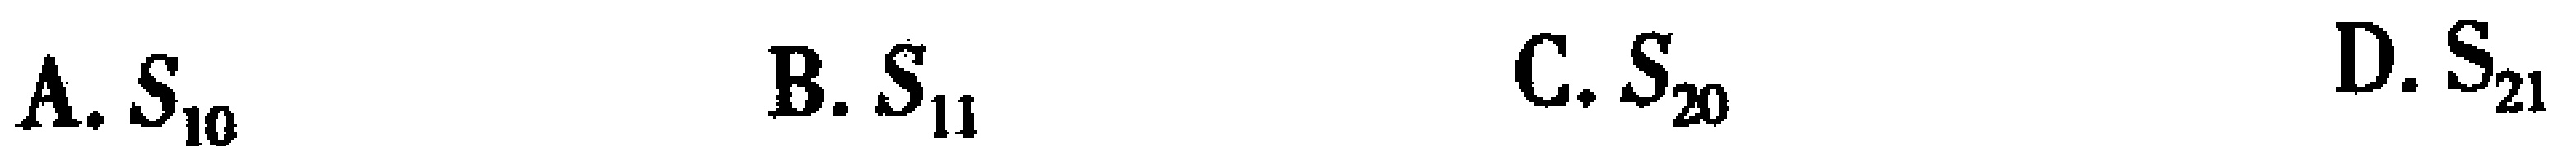
A. \(S_{10}\)  B. \(S_{11}\)  C. \(S_{20}\)  D. \(S_{21}\)